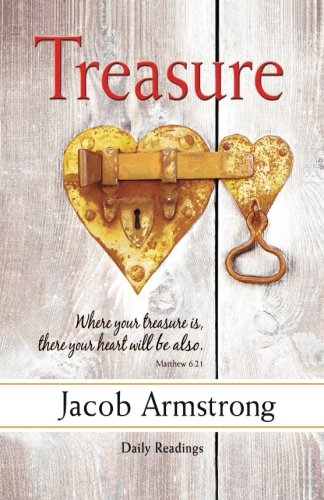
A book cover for Treasure Daily Readings: A Four-Week Study on Faith and Money; Jacob Armstrong; Christian Books & Bibles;